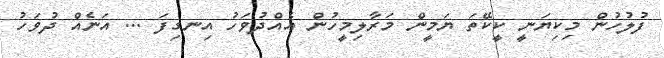
ފުލުހުން މިކިޔަނީ ކީކޭތަ ޔަމީން މަރާލިމީހުން އެއްދުވަހު އިނގިފަ ... އަނެއް ދުވަހު